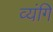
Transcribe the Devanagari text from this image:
व्यंगि